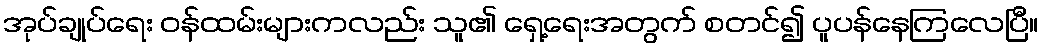
အုပ်ချုပ်ရေး ဝန်ထမ်းများကလည်း သူ၏ ရှေ့ရေးအတွက် စတင်၍ ပူပန်နေကြလေပြီ။